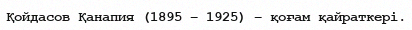
Қойдасов Қанапия (1895 – 1925) – қоғам қайраткері.